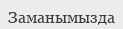
Заманымызда